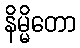
နိမ္မိတော